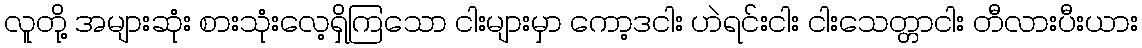
လူတို့ အများဆုံး စားသုံးလေ့ရှိကြသော ငါးများမှာ ကော့ဒငါး ဟဲရင်းငါး ငါးသေတ္တာငါး တီလားပီးယား